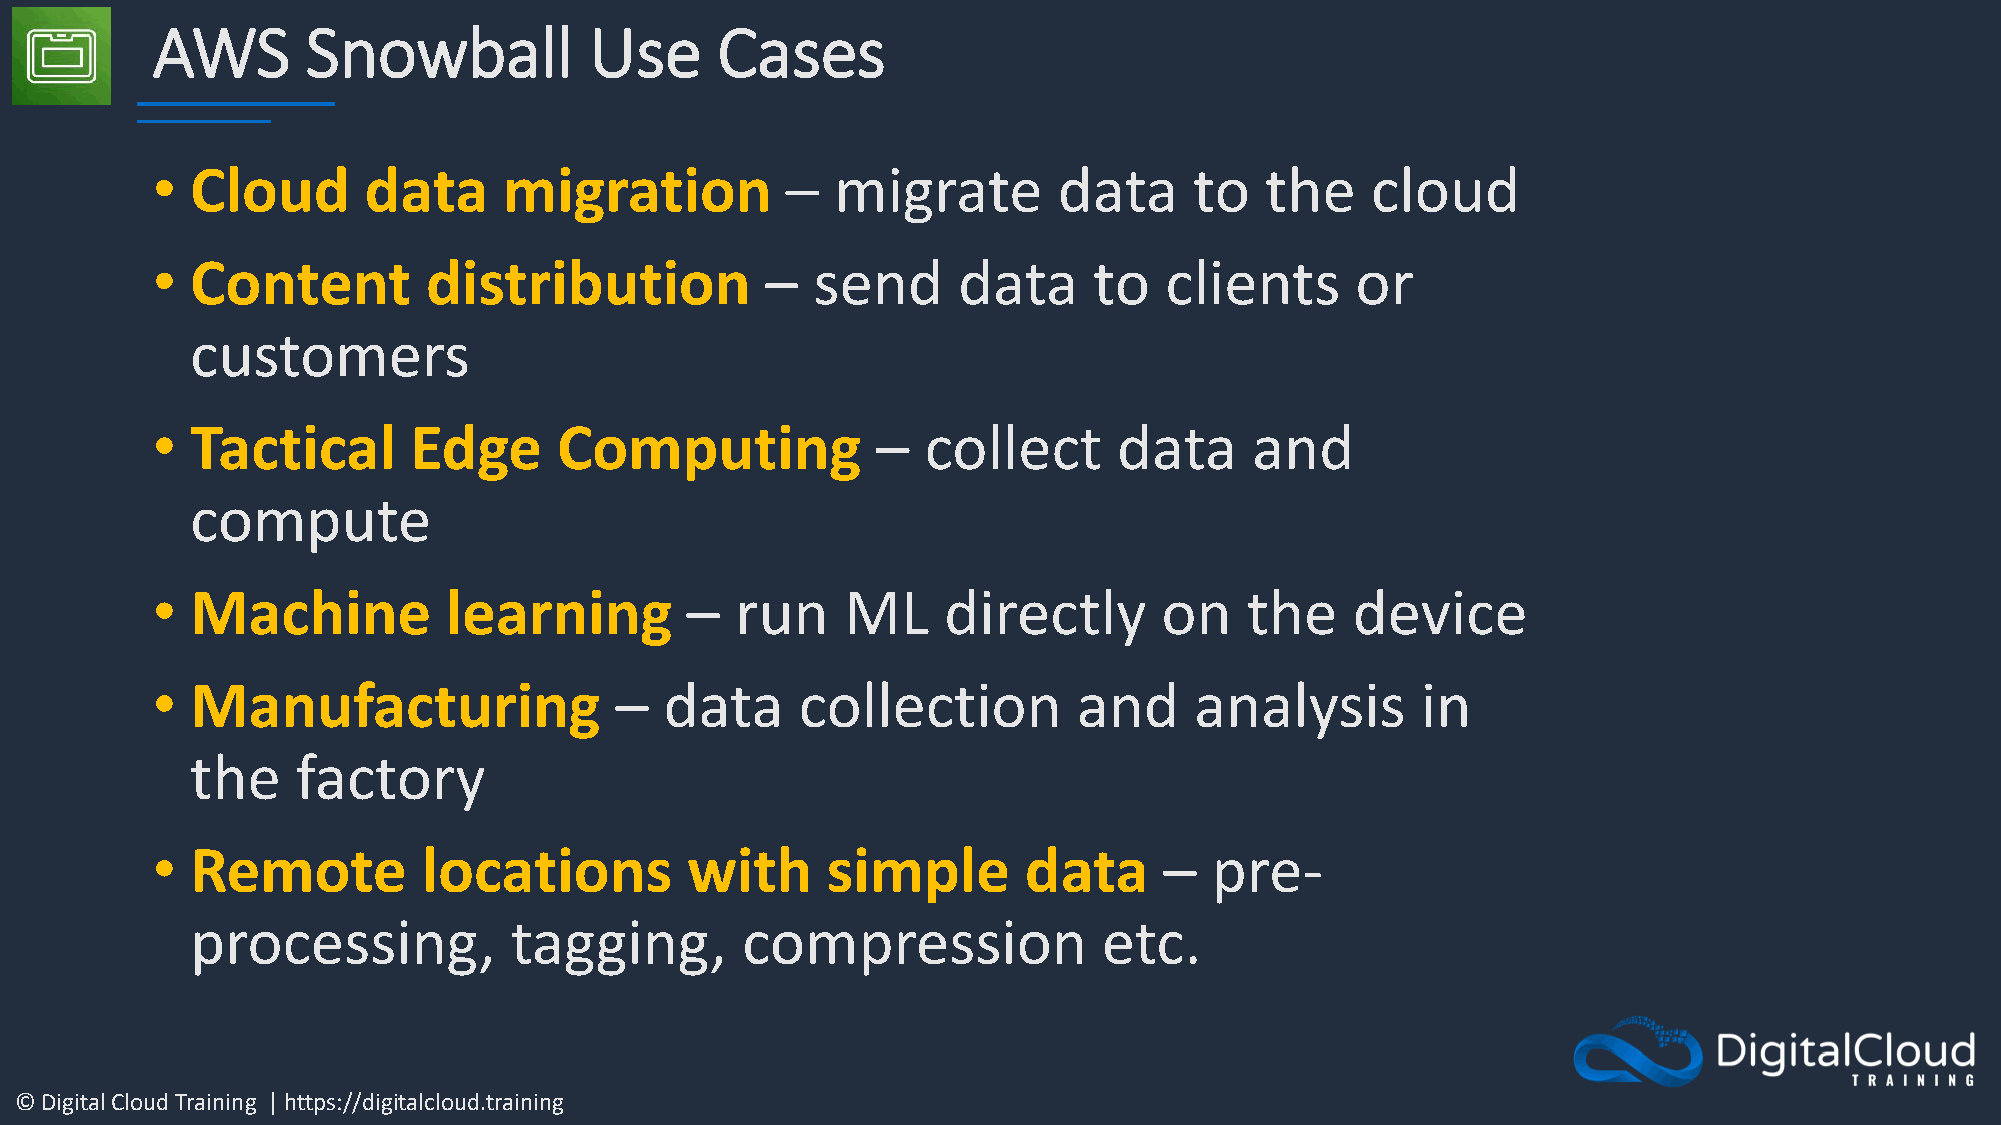
AWS       Snowball           Use     Cases
 •  Cloud      data     migration          –  migrate        data     to   the    cloud
 •  Content        distribution           –  send     data     to   clients      or
 customers
 •  Tactical      Edge      Computing            –  collect      data     and
 compute
 •  Machine         learning        –   run    ML    directly       on   the     device
 •  Manufacturing               –  data     collection        and     analysis       in
 the    factory
 •  Remote         locations        with      simple       data     –  pre-
 processing,          tagging,       compression             etc.
 © Digital Cloud Training | https://digitalcloud.training